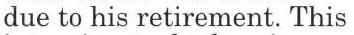
due to his retirement. This